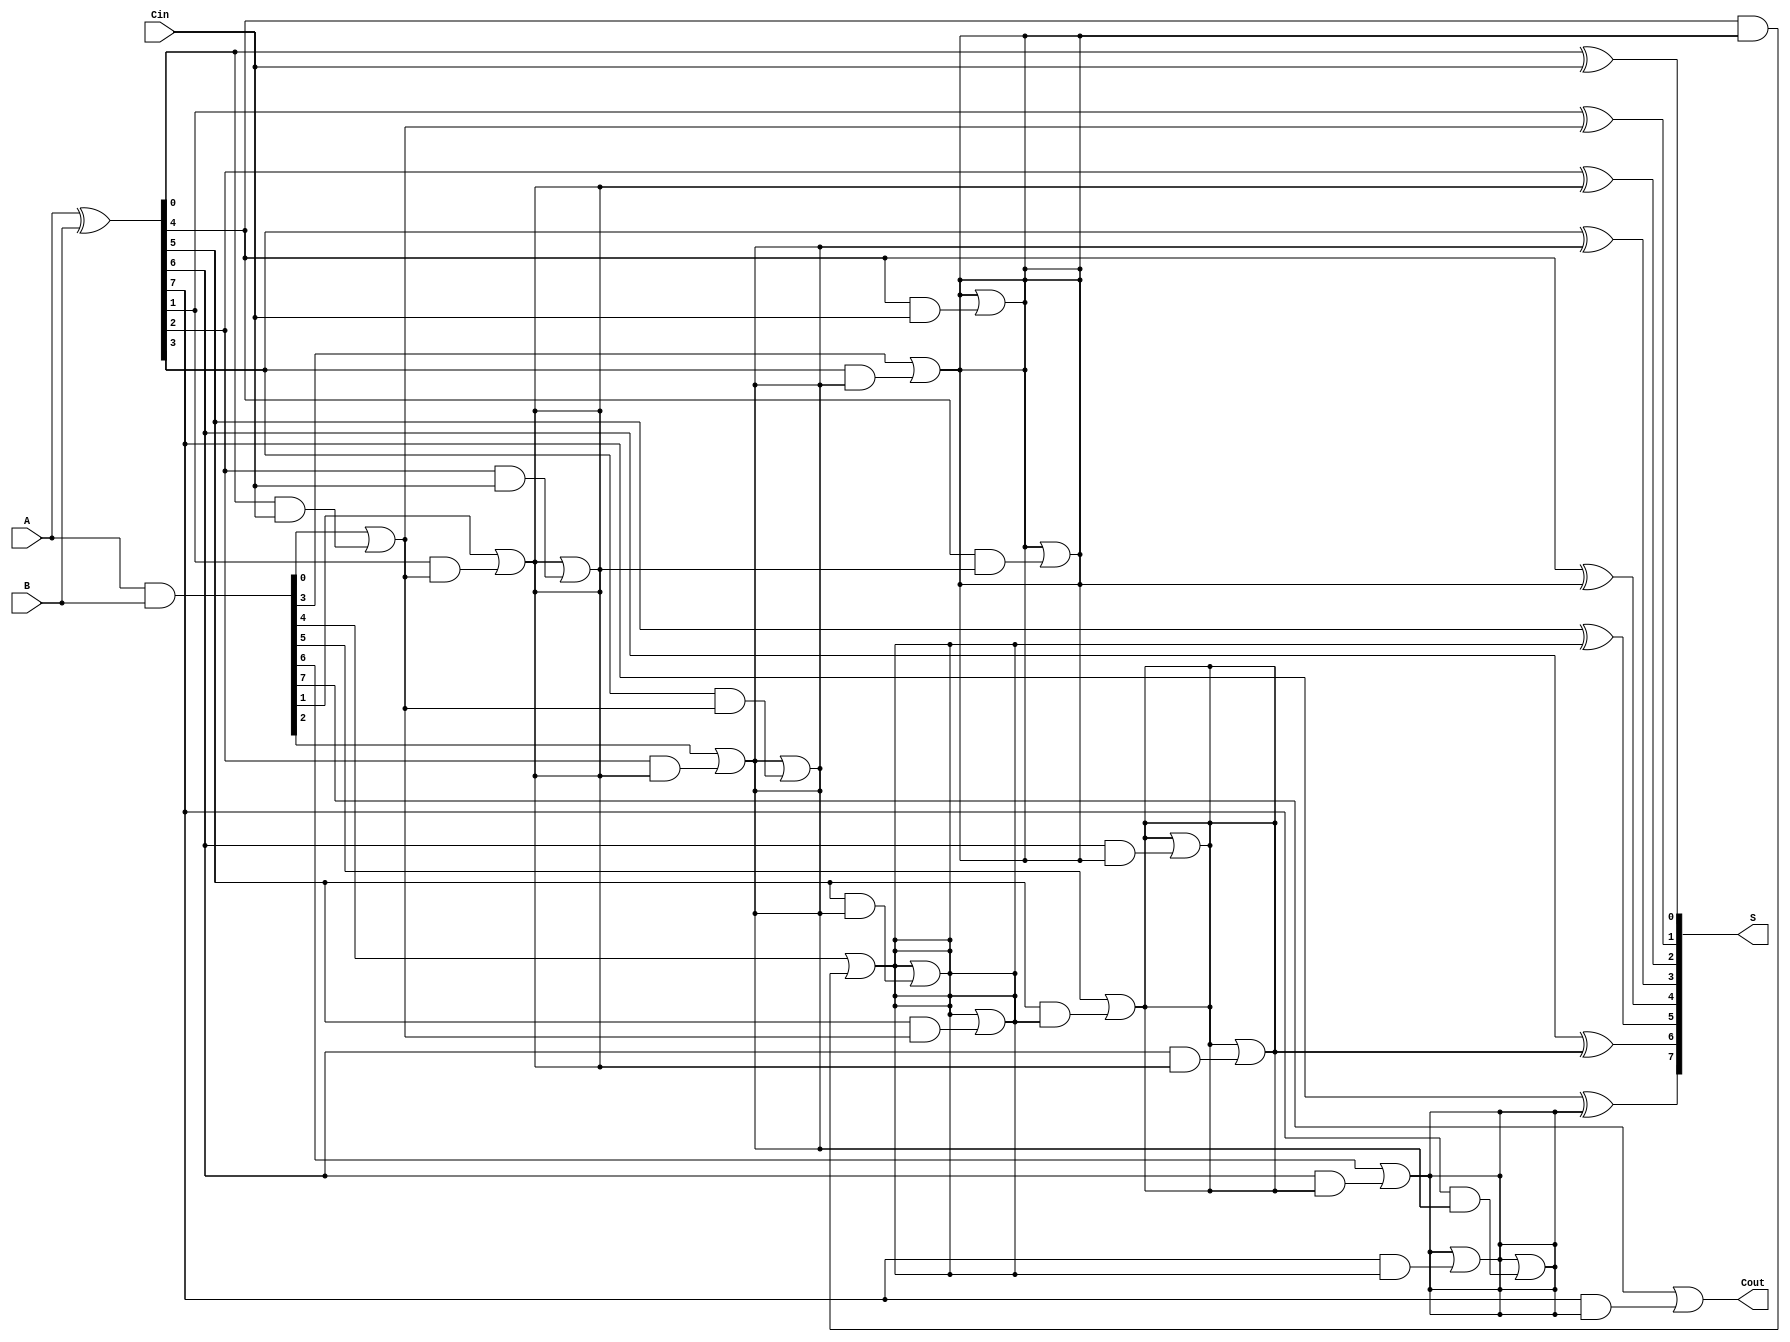
module KoggeStoneAdder #(parameter n = 8) (
    input wire [n-1:0] A,
    input wire [n-1:0] B,
    input wire Cin,
    output wire [n-1:0] S,
    output wire Cout
);
    // Generate and propagate signals
    wire [n-1:0] G;  // Generate
    wire [n-1:0] P;  // Propagate
    wire [n:0] C;    // Carry

    // Generate and propagate calculations
    assign G = A & B;
    assign P = A ^ B;

    // Carry initialization
    assign C[0] = Cin;

    // Stage 1: Compute carries
    genvar i;
    for (i = 0; i < n; i = i + 1) begin : carry_stage_1
        if (i == 0) begin
            assign C[i + 1] = G[i] | (P[i] & C[i]);
        end else begin
            assign C[i + 1] = G[i] | (P[i] & C[i]);
        end
    end

    // Additional stages
    generate
        genvar k;
        for (k = 1; k < n; k = k + 1) begin : prefix_stages
            for (i = 0; i < n; i = i + 1) begin : carry_stage
                if (i >= (1 << k)) begin
                    assign C[i] = C[i] | (P[i] & C[i - (1 << k)]);
                end
            end
        end
    endgenerate

    // Sum calculation
    for (i = 0; i < n; i = i + 1) begin : sum_stage
        assign S[i] = P[i] ^ C[i];
    end

    // Final carry-out
    assign Cout = C[n];

endmodule